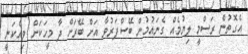
އެގޮތުން ރަސްމީ ލިޔުމެއް ގެނައުމުން ބޭސްފަރުވާ އަށް ބޭރަށް ދާ މީހަކަށް ވިއްކަނީ